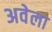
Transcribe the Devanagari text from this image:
अवेला